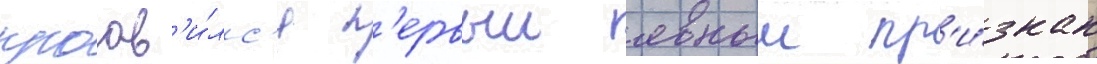
проав'и́лс'я п'ервыи явныи пр'и́знак